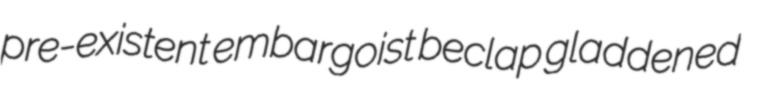
pre-existent embargoist beclap gladdened